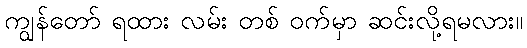
ကျွန်တော် ရထား လမ်း တစ် ဝက်မှာ ဆင်းလို့ရမလား။